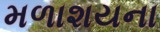
મળાશયના